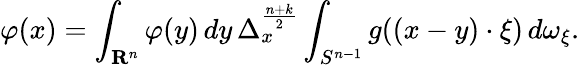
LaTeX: \varphi(x)=\int_{\mathbf{R}^{n}}\varphi(y)\, dy\, \Delta_{x}^{\frac{n+k}{2}}\int_{S^{n-1}}g((x-y)\cdot\xi)\, d\omega_{\xi}.